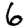
Digit: 6